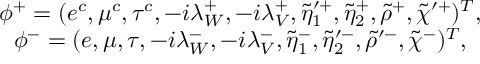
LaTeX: \begin{array} { c } { { \phi ^ { + } = ( e ^ { c } , \mu ^ { c } , \tau ^ { c } , - i \lambda _ { W } ^ { + } , - i \lambda _ { V } ^ { + } , \tilde { \eta } _ { 1 } ^ { \prime + } , \tilde { \eta } _ { 2 } ^ { + } , \tilde { \rho } ^ { + } , \tilde { \chi } ^ { \prime + } ) ^ { T } , } } \\ { { \phi ^ { - } = ( e , \mu , \tau , - i \lambda _ { W } ^ { - } , - i \lambda _ { V } ^ { - } , \tilde { \eta } _ { 1 } ^ { - } , \tilde { \eta } _ { 2 } ^ { \prime - } , \tilde { \rho } ^ { \prime - } , \tilde { \chi } ^ { - } ) ^ { T } , } } \end{array}